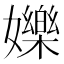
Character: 㜰